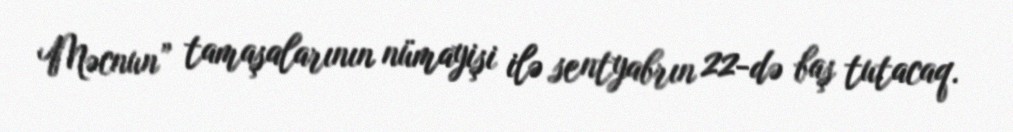
Məcnun” tamaşalarının nümayişi ilə sentyabrın 22-də baş tutacaq.